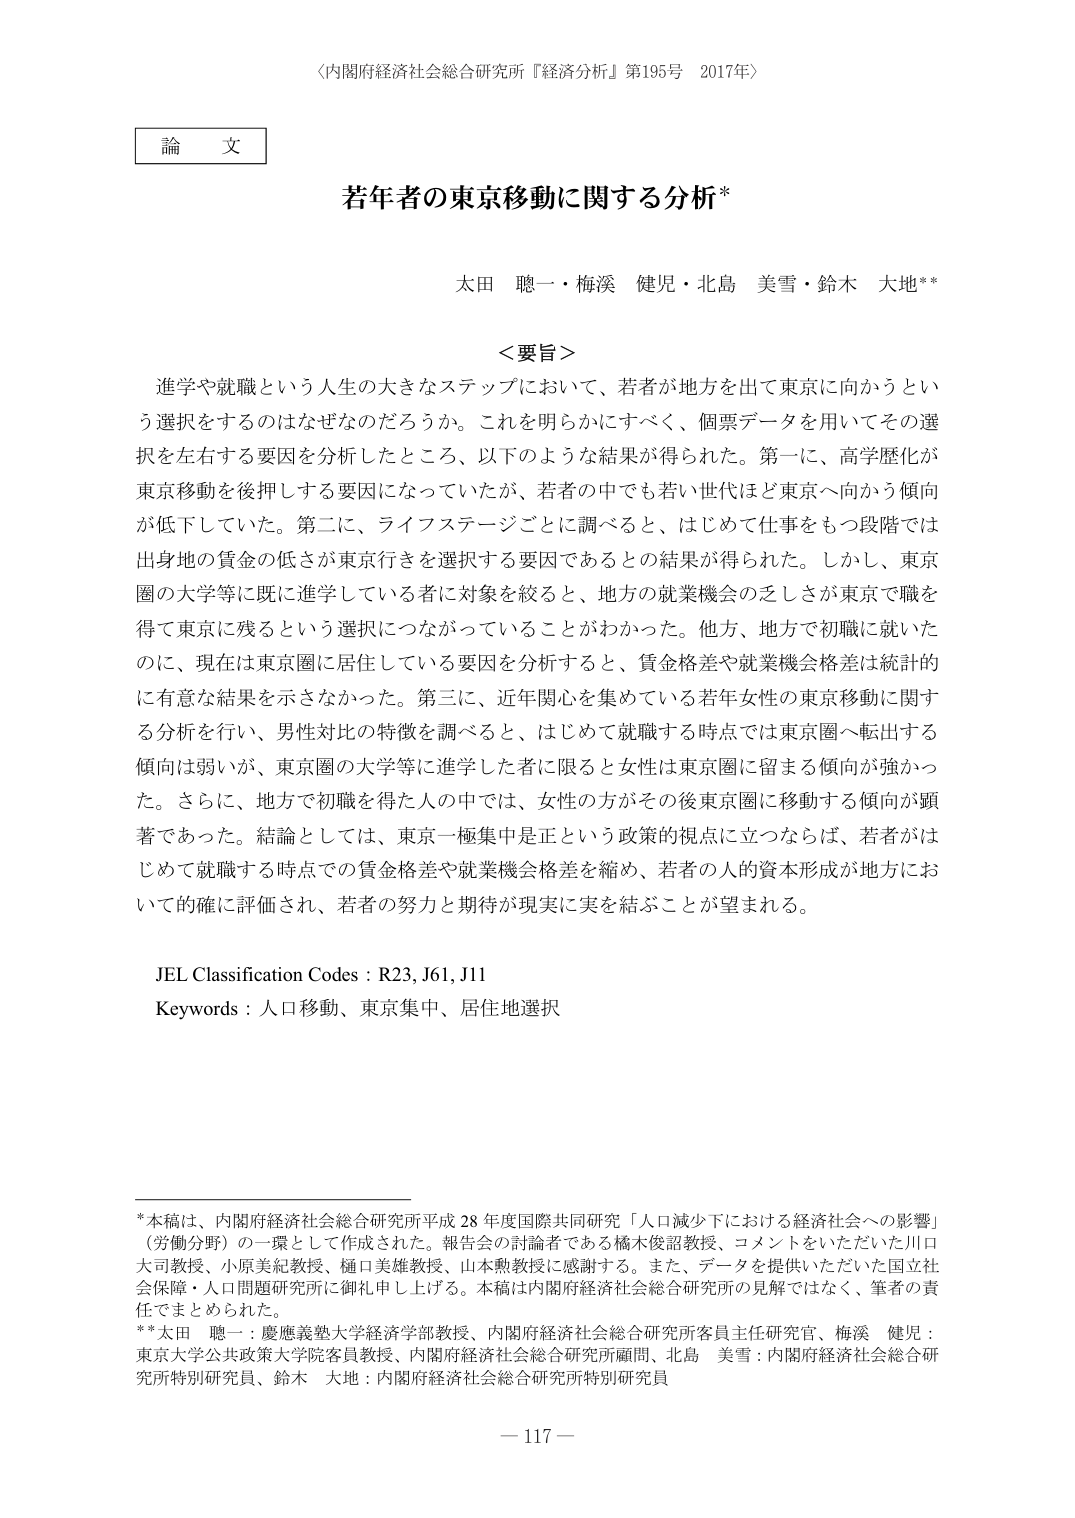
〈内閣府経済社会総合研究所『経済分析』第195号　2017年〉

論文

若年者の東京移動に関する分析*

太田 聰一・梅渓 健児・北島 美雪・鈴木 大地**

＜要旨＞
進学や就職という人生の大きなステップにおいて、若者が地方を出て東京に向かうという選択をするのはなぜなのだろうか。これを明らかにすべく、個票データを用いてその選択を左右する要因を分析したところ、以下のような結果が得られた。第一に、高学歴化が東京移動を後押しする要因になっていたが、若者の中でも若い世代ほど東京へ向かう傾向が低下していた。第二に、ライフステージごとに調べると、はじめて仕事をもつ段階では出身地の賃金の低さが東京行きを選択する要因であるとの結果が得られた。しかし、東京圏の大学等に既に進学している者を対象に絞ると、地方の就業機会の乏しさが東京で職を得て東京に残るという選択につながっていることがわかった。他方、地方で初職に就いたのに、現在は東京圏に居住している要因を分析すると、賃金格差や就業機会格差は統計的に有意な結果を示さなかった。第三に、近年関心を集めている若年女性の東京移動に関する分析を行い、男性対比の特徴を調べると、はじめて就職する時点では東京圏へ転出する傾向は弱いが、東京圏の大学等に進学した者に限ると女性は東京圏に留まる傾向が強かった。さらに、地方で初職を得た人の中では、女性の方がその後東京圏に移動する傾向が顕著であった。結論としては、東京一極集中は正という政策的視点に立つならば、若者がはじめて就職する時点での賃金格差や就業機会格差を縮め、若者の人的資本形成が地方において的確に評価され、若者の努力と期待が現実に実を結ぶことが望まれる。

JEL Classification Codes : R23, J61, J11
Keywords : 人口移動、東京集中、居住地選択

*本稿は、内閣府経済社会総合研究所平成28年度国際共同研究「人口減少下における経済社会への影響」（労働分野）の一環として作成された。報告会の討論者である橋本俊詔教授、コメントをいただいた川口大司教授、小原美紀教授、樋口美雄教授、山本勲教授に感謝する。また、データを提供いただいた国立社会保障・人口問題研究所に御礼申し上げる。本稿は内閣府経済社会総合研究所の見解ではなく、筆者の責任でまとめられた。
**太田 聰一：慶應義塾大学経済学部教授、内閣府経済社会総合研究所客員主任研究官、梅渓 健児：東京大学公共政策大学院客員教授、内閣府経済社会総合研究所顧問、北島 美雪：内閣府経済社会総合研究所特別研究員、鈴木 大地：内閣府経済社会総合研究所特別研究員

－117－